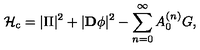
{ \cal H } _ { \mathrm { c } } = | \Pi | ^ { 2 } + | { \bf D } \phi | ^ { 2 } - \sum _ { n = 0 } ^ { \infty } A _ { 0 } ^ { ( n ) } G ,